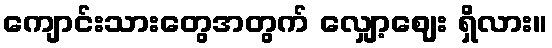
ကျောင်းသားတွေအတွက် လျှော့ဈေး ရှိလား။